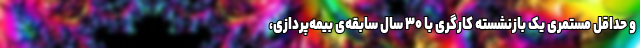
و حداقل مستمریِ یک بازنشسته کارگری با ۳۰ سال سابقه‌ی بیمه‌پردازی،